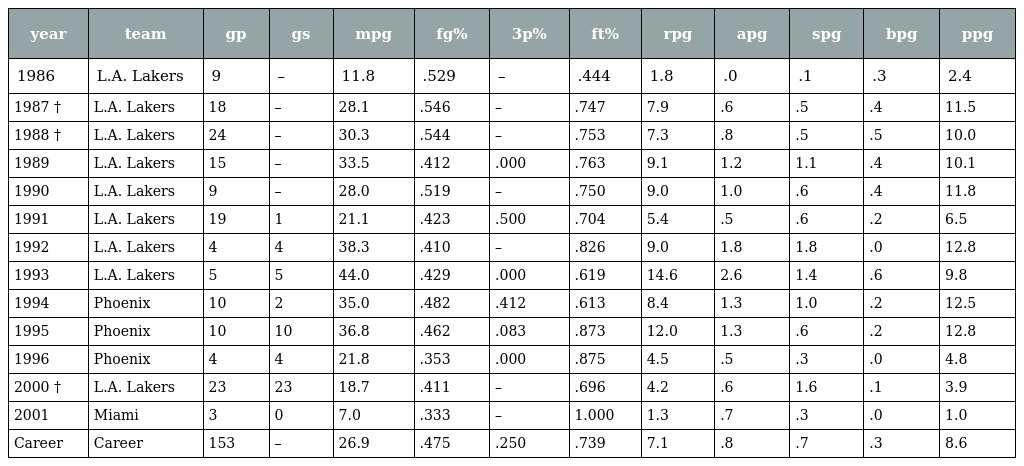
| year | team | gp | gs | mpg | fg% | 3p% | ft% | rpg | apg | spg | bpg | ppg |
 | --- | --- | --- | --- | --- | --- | --- | --- | --- | --- | --- | --- | --- |
 | 1986 | L.A. Lakers | 9 | – | 11.8 | .529 | – | .444 | 1.8 | .0 | .1 | .3 | 2.4 |
 | 1987 † | L.A. Lakers | 18 | – | 28.1 | .546 | – | .747 | 7.9 | .6 | .5 | .4 | 11.5 |
 | 1988 † | L.A. Lakers | 24 | – | 30.3 | .544 | – | .753 | 7.3 | .8 | .5 | .5 | 10.0 |
 | 1989 | L.A. Lakers | 15 | – | 33.5 | .412 | .000 | .763 | 9.1 | 1.2 | 1.1 | .4 | 10.1 |
 | 1990 | L.A. Lakers | 9 | – | 28.0 | .519 | – | .750 | 9.0 | 1.0 | .6 | .4 | 11.8 |
 | 1991 | L.A. Lakers | 19 | 1 | 21.1 | .423 | .500 | .704 | 5.4 | .5 | .6 | .2 | 6.5 |
 | 1992 | L.A. Lakers | 4 | 4 | 38.3 | .410 | – | .826 | 9.0 | 1.8 | 1.8 | .0 | 12.8 |
 | 1993 | L.A. Lakers | 5 | 5 | 44.0 | .429 | .000 | .619 | 14.6 | 2.6 | 1.4 | .6 | 9.8 |
 | 1994 | Phoenix | 10 | 2 | 35.0 | .482 | .412 | .613 | 8.4 | 1.3 | 1.0 | .2 | 12.5 |
 | 1995 | Phoenix | 10 | 10 | 36.8 | .462 | .083 | .873 | 12.0 | 1.3 | .6 | .2 | 12.8 |
 | 1996 | Phoenix | 4 | 4 | 21.8 | .353 | .000 | .875 | 4.5 | .5 | .3 | .0 | 4.8 |
 | 2000 † | L.A. Lakers | 23 | 23 | 18.7 | .411 | – | .696 | 4.2 | .6 | 1.6 | .1 | 3.9 |
 | 2001 | Miami | 3 | 0 | 7.0 | .333 | – | 1.000 | 1.3 | .7 | .3 | .0 | 1.0 |
 | Career | Career | 153 | – | 26.9 | .475 | .250 | .739 | 7.1 | .8 | .7 | .3 | 8.6 |